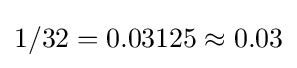
1/32=0.03125\approx 0.03